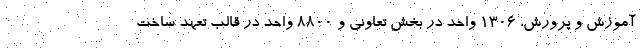
آموزش و پرورش، ۱۳۰۶ واحد در بخش تعاونی و ۸۸۰۰ واحد در قالب تعهد ساخت